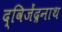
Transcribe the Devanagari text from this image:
द्विजेंद्रनाथ